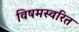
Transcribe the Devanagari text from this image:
विषमस्वरित